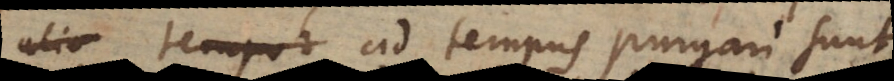
ad tempus purgari sunt